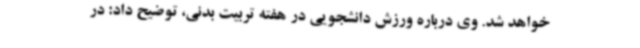
خواهد شد. وی درباره ورزش دانشجویی در هفته تربیت بدنی، توضیح داد: در